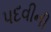
પદવીની